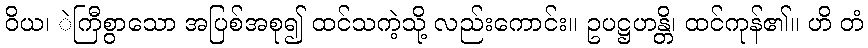
ဝိယ၊ ဲကြီစွာသော အပြစ်အစု၍ ထင်သကဲ့သို့ လည်းကောင်း။ ဥပဋ္ဌဟန္တိ၊ ထင်ကုန်၏။ ဟိ တံ